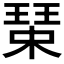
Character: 𱯐